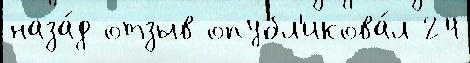
наза́д отзыв опубл'икова́л 24